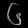
Digit: ၆